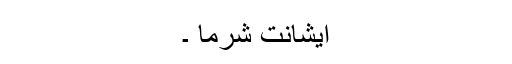
ایشانت شرما ۔